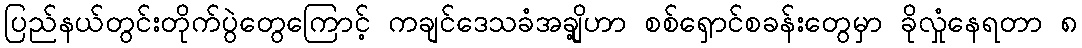
ပြည်နယ်တွင်းတိုက်ပွဲတွေကြောင့် ကချင်ဒေသခံအချို့ဟာ စစ်ရှောင်စခန်းတွေမှာ ခိုလှုံနေရတာ ၈